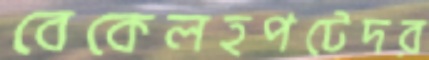
বেকেলহপটেদর